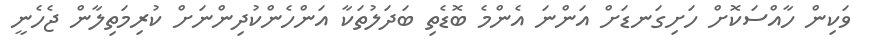
ވަކިން ހާއްސަކޮށް ހަށިގަނޑަށް އަންނަ އެންމެ ބޮޑެތި ބަދަލުތަކާ އަންހެންކުދިންނަށް ކުރިމަތިލާން ޖެހެނީ